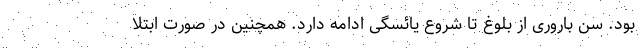
بود. سن باروری از بلوغ تا شروع یائسگی ادامه دارد. همچنین در صورت ابتلا